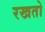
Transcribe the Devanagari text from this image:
रखतो